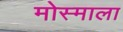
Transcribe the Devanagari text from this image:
मोस्माला